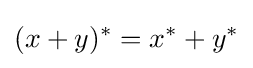
(x+y)^{*}=x^{*}+y^{*}